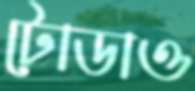
টোডাও